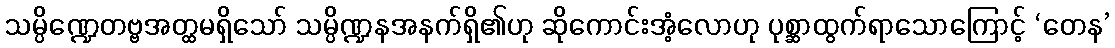
သမ္ပိဏ္ဍေတဗ္ဗအတ္ထမရှိသော် သမ္ပိဏ္ဍနအနက်ရှိ၏ဟု ဆိုကောင်းအံ့လောဟု ပုစ္ဆာထွက်ရာသောကြောင့် ‘တေန’